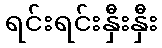
ရင်းရင်းနှီးနှီး